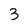
Character: 3